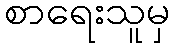
စာရေးသူမှ